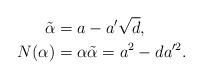
LaTeX: \begin{align*} \tilde\alpha &= a-a'\sqrt d, \\ N(\alpha ) &= \alpha\tilde\alpha = a^2-da'^2. \end{align*}